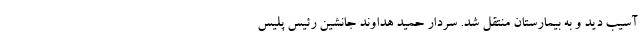
آسیب دید و به بیمارستان منتقل شد. سردار حمید هداوند جانشین رئیس پلیس